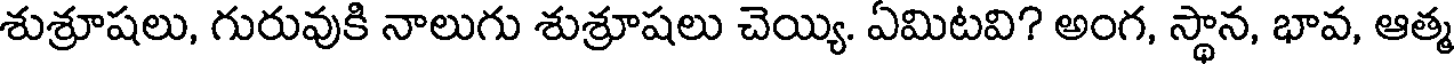
శుశ్రూషలు, గురువుకి నాలుగు శుశ్రూషలు చెయ్యి. ఏమిటవి? అంగ, స్థాన, భావ, ఆత్మ